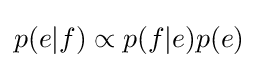
p(e|f)\propto p(f|e)p(e)